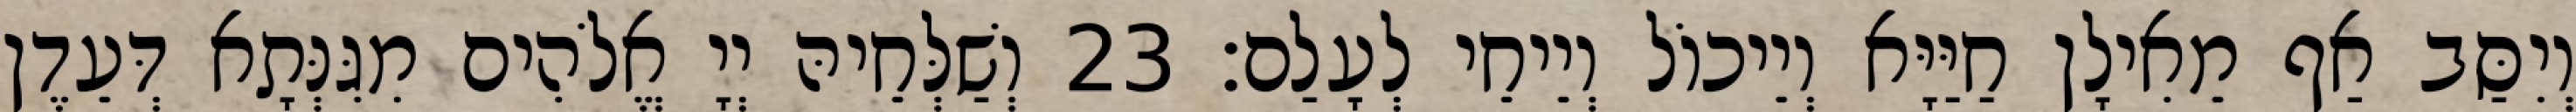
וְיִסַּב אַף מֵאִילָן חַיַּיָּא וְיֵיכוֹל וְיֵיחֵי לְעָלַם׃ 23 וְשַׁלְּחֵיהּ יְיָ אֱלֹהִים מִגִּנְּתָא דְּעֵדֶן